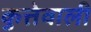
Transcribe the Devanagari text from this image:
कुत्तेवाली